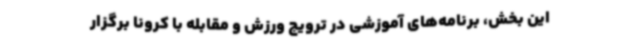
این بخش، برنامه‌های آموزشی در ترویج ورزش و مقابله با کرونا برگزار